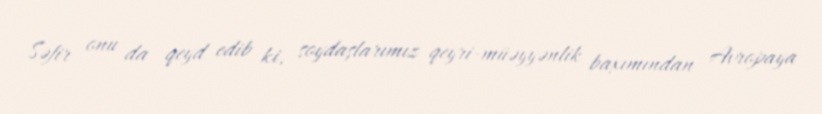
Səfir onu da qeyd edib ki, soydaşlarımız qeyri-müəyyənlik baxımından Avropaya